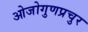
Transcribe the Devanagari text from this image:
ओजोगुणप्रचुर